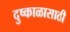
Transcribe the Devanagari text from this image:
दुष्काळासाठी